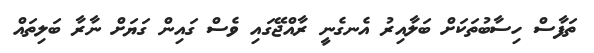
ތަފާސް ހިސާބުތަކަށް ބަލާއިރު އެނގެނީ ރާއްޖޭގައި ވެސް ގައިން ގަޔަށް ނާރާ ބަލިތައް